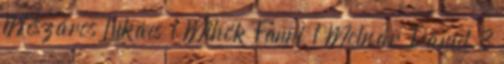
Mészáros Lukács 1 Mihók Fanni 1 Molnár Dániel 3